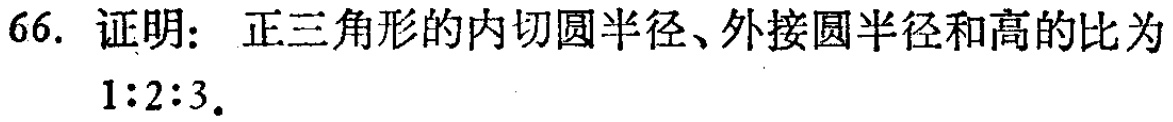
66. 证明：正三角形的内切圆半径、外接圆半径和高的比为
$1:2:3$。